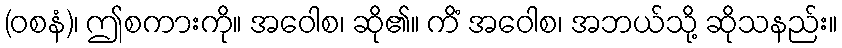
(ဝစနံ)၊ ဤစကားကို။ အဝေါစ၊ ဆို၏။ ကိံ အဝေါစ၊ အဘယ်သို့ ဆိုသနည်း။